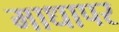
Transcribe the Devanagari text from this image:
माधापर